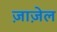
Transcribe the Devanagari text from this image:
ज़ाज़ेल